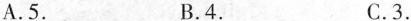
A. 5. B. 4. C. 3.